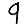
Digit: 9